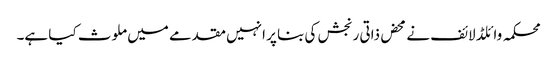
محکمہ وائلڈ لائف نے محض ذاتی رنجش کی بنا پر انہیں مقدمے میں ملوث کیا ہے۔